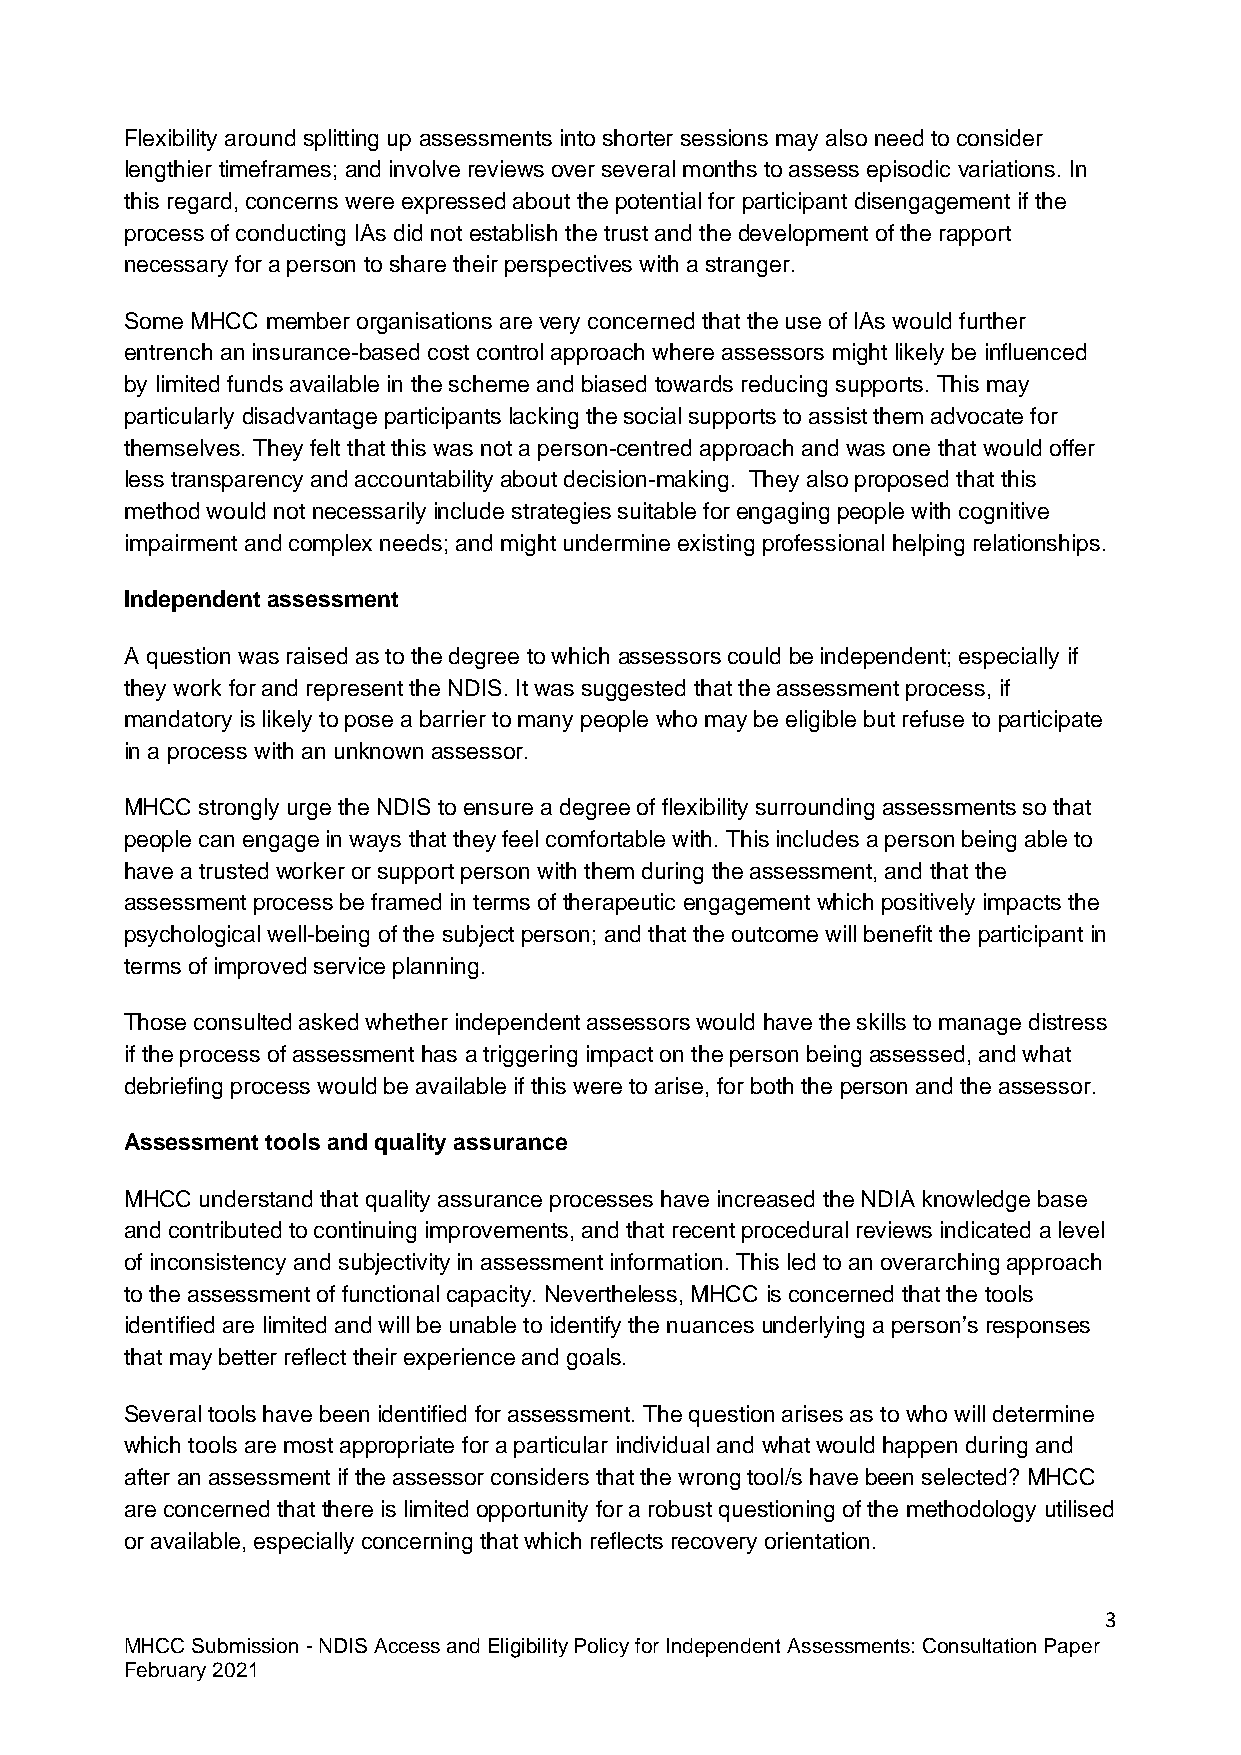
Flexibility around splitting up assessments into shorter sessions may also need to consider
 lengthier timeframes; and involve reviews over several months to assess episodic variations. In
 this regard, concerns were expressed about the potential for participant disengagement if the
 process of conducting IAs did not establish the trust and the development of the rapport
 necessary for a person to share their perspectives with a stranger.
 Some MHCC member organisations are very concerned that the use of IAs would further
 entrench an insurance-based cost control approach where assessors might likely be influenced
 by limited funds available in the scheme and biased towards reducing supports. This may
 particularly disadvantage participants lacking the social supports to assist them advocate for
 themselves. They felt that this was not a person-centred approach and was one that would offer
 less transparency and accountability about decision-making. They also proposed that this
 method would not necessarily include strategies suitable for engaging people with cognitive
 impairment and complex needs; and might undermine existing professional helping relationships.
 Independent assessment
 A question was raised as to the degree to which assessors could be independent; especially if
 they work for and represent the NDIS. It was suggested that the assessment process, if
 mandatory is likely to pose a barrier to many people who may be eligible but refuse to participate
 in a process with an unknown assessor.
 MHCC strongly urge the NDIS to ensure a degree of flexibility surrounding assessments so that
 people can engage in ways that they feel comfortable with. This includes a person being able to
 have a trusted worker or support person with them during the assessment, and that the
 assessment process be framed in terms of therapeutic engagement which positively impacts the
 psychological well-being of the subject person; and that the outcome will benefit the participant in
 terms of improved service planning.
 Those consulted asked whether independent assessors would have the skills to manage distress
 if the process of assessment has a triggering impact on the person being assessed, and what
 debriefing process would be available if this were to arise, for both the person and the assessor.
 Assessment tools and quality assurance
 MHCC understand that quality assurance processes have increased the NDIA knowledge base
 and contributed to continuing improvements, and that recent procedural reviews indicated a level
 of inconsistency and subjectivity in assessment information. This led to an overarching approach
 to the assessment of functional capacity. Nevertheless, MHCC is concerned that the tools
 identified are limited and will be unable to identify the nuances underlying a person’s responses
 that may better reflect their experience and goals.
 Several tools have been identified for assessment. The question arises as to who will determine
 which tools are most appropriate for a particular individual and what would happen during and
 after an assessment if the assessor considers that the wrong tool/s have been selected? MHCC
 are concerned that there is limited opportunity for a robust questioning of the methodology utilised
 or available, especially concerning that which reflects recovery orientation.
 3
 MHCC Submission - NDIS Access and Eligibility Policy for Independent Assessments: Consultation Paper
 February 2021